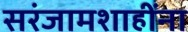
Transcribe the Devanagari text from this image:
सरंजामशाहींना